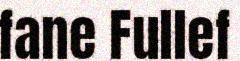
fane Fullef